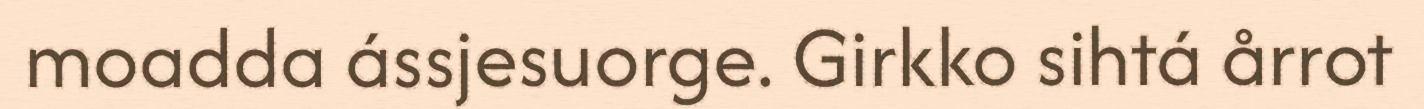
moadda ássjesuorge. Girkko sihtá årrot